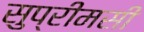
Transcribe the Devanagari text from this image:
सुप्रीमसी